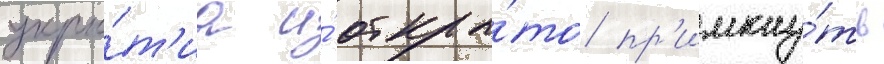
укры́т'иа и́ откры́то пр'имкну́ть